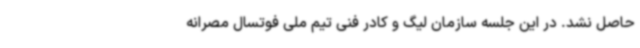
حاصل نشد. در این جلسه سازمان لیگ و کادر فنی تیم ملی فوتسال مصرانه